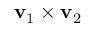
\mathbf { v } _ { 1 } \times \mathbf { v } _ { 2 }